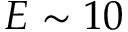
E \sim 1 0